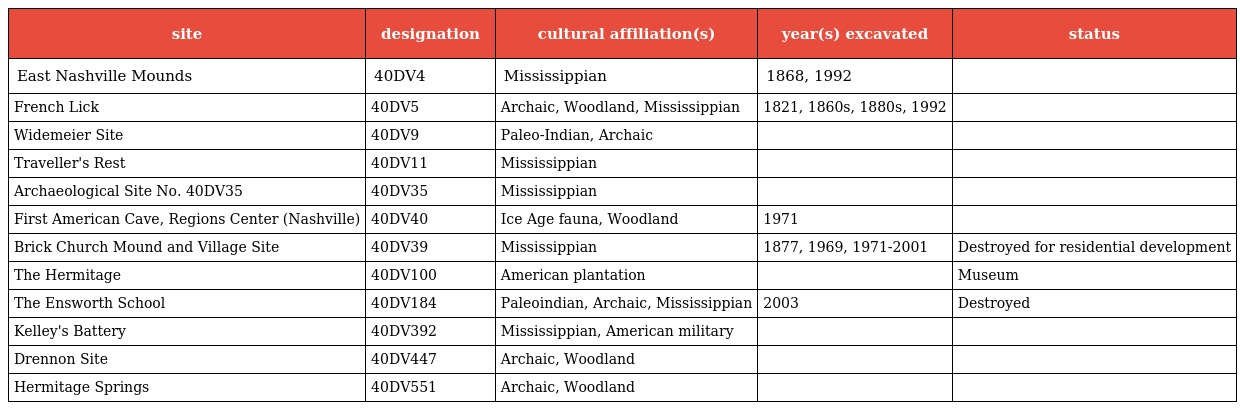
| site | designation | cultural affiliation(s) | year(s) excavated | status |
 | --- | --- | --- | --- | --- |
 | East Nashville Mounds | 40DV4 | Mississippian | 1868, 1992 |  |
 | French Lick | 40DV5 | Archaic, Woodland, Mississippian | 1821, 1860s, 1880s, 1992 |  |
 | Widemeier Site | 40DV9 | Paleo-Indian, Archaic |  |  |
 | Traveller's Rest | 40DV11 | Mississippian |  |  |
 | Archaeological Site No. 40DV35 | 40DV35 | Mississippian |  |  |
 | First American Cave, Regions Center (Nashville) | 40DV40 | Ice Age fauna, Woodland | 1971 |  |
 | Brick Church Mound and Village Site | 40DV39 | Mississippian | 1877, 1969, 1971-2001 | Destroyed for residential development |
 | The Hermitage | 40DV100 | American plantation |  | Museum |
 | The Ensworth School | 40DV184 | Paleoindian, Archaic, Mississippian | 2003 | Destroyed |
 | Kelley's Battery | 40DV392 | Mississippian, American military |  |  |
 | Drennon Site | 40DV447 | Archaic, Woodland |  |  |
 | Hermitage Springs | 40DV551 | Archaic, Woodland |  |  |